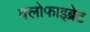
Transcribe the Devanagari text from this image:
क्लोफाइब्रेट